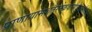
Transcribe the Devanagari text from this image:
प्राणायामशतैरनेककरणैर्दुःखात्मकैर्दुजर्यैः